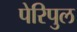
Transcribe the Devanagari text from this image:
पेरिपुल